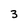
Character: 3